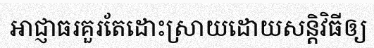
អាជ្ញាធរគួរតែដោះស្រាយដោយសន្តិវិធីឲ្យ